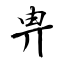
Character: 畁